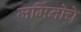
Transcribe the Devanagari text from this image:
जर्मिनोचे